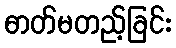
ဓာတ်မတည့်ခြင်း